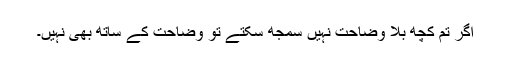
اگر تم کچھ بلا وضاحت نہیں سمجھ سکتے تو وضاحت کے ساتھ بھی نہیں۔